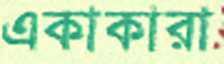
একাকারা